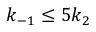
k _ { - 1 } \leq 5 k _ { 2 }